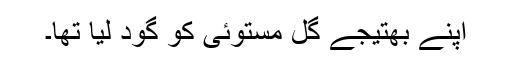
اپنے بھتیجے گل مستوئی کو گود لیا تھا۔